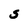
Character: S